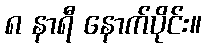
၈ နာရီ နောက်ပိုင်း။